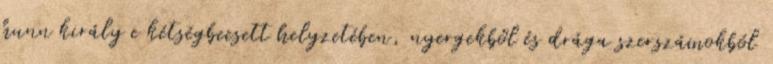
hunn király e kétségbeesett helyzetében, nyergekből és drága szerszámokból